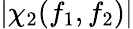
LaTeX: \left|\chi_{2}(f_{1},f_{2})\right|